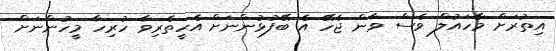
އިތުރަށް މާހައުލް ވެސް ވާން ޖެހޭ އެ ބޭފުޅުންނަށް އެހީތެރިވާ ހުރިހާ މީހުންނަށް